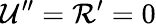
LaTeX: \mathcal{U}^{\prime\prime}=\mathcal{R}^{\prime}=0